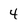
Character: 4